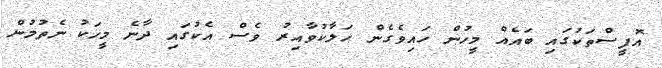
އޮފީސްތަކުގައި ބައެއް މީހުން ހައިވެގެން ހަލާކުވާއިރު ވެސް އެކުގައި ދާނެ މީހަކު ނެތުމުން